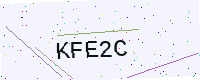
Text: KFE2C